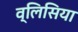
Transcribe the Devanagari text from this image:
व्लिसिया